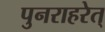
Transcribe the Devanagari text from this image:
पुनराहरेत्